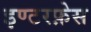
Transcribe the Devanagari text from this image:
इण्टरफ़ेस